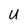
Character: U